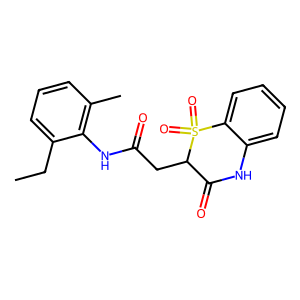
SMILES: CCc1cccc(C)c1NC(=O)CC1C(=O)Nc2ccccc2S1(=O)=O
Inhibits HIV replication: No